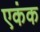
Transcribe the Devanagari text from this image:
एकंक